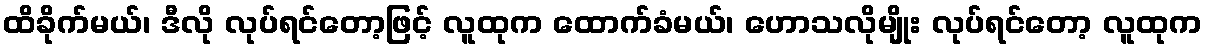
ထိခိုက်မယ်၊ ဒီလို လုပ်ရင်တော့ဖြင့် လူထုက ထောက်ခံမယ်၊ ဟောသလိုမျိုး လုပ်ရင်တော့ လူထုက